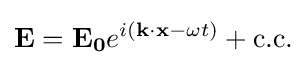
\mathbf {E} =\mathbf {E_{0}} e^{i(\mathbf {k} \cdot \mathbf {x} -\omega t)}+{\text{c.c.}}